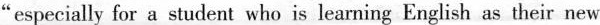
"especially for a student who is learning English as their new